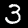
Digit: 3